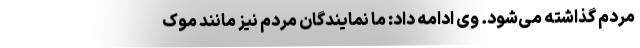
مردم گذاشته می‌شود. وی ادامه داد: ما نمایندگان مردم نیز مانند موک